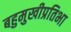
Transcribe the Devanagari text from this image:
बहुमुखीप्रतिभा